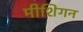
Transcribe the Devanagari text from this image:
मीशिगन